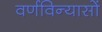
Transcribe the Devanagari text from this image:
वर्णविन्यासों